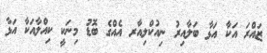
ޒައްރަ އަކާ އަޅާ ބަލާއިރު ނިއުކްލިއާރ އެއްގެ ބޮޑު މިނަކީ ކިއްލާއަކާ އަޅާ